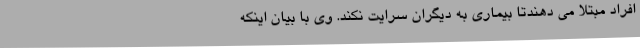
افراد مبتلا می دهندتا بیماری به دیگران سرایت نکند. وی با بیان اینکه